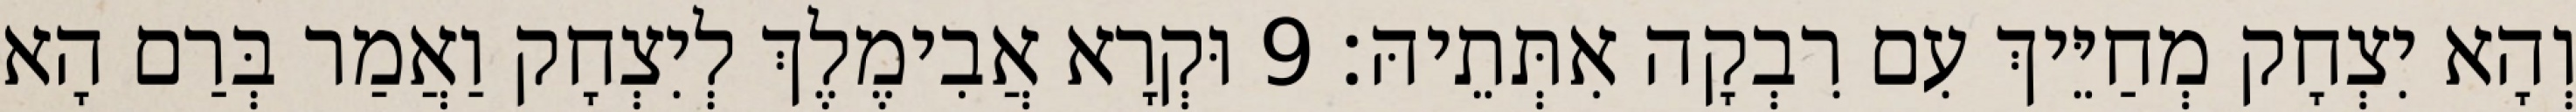
וְהָא יִצְחָק מְחַיֵּיךְ עִם רִבְקָה אִתְּתֵיהּ׃ 9 וּקְרָא אֲבִימֶלֶךְ לְיִצְחָק וַאֲמַר בְּרַם הָא